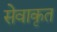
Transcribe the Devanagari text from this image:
सेवाकृत